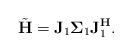
LaTeX: \begin{align*}\tilde{\mathbf{H}} = \mathbf{J}_{1}\mathbf{\Sigma}_{1}\mathbf{J}_{1}^{\mathbf{H}}. \end{align*}